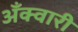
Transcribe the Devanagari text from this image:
अँक्वारी